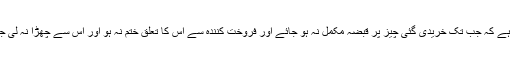
چنانچہ حکمت پر مبنی شریعت ِکاملہ کی یہ خوبی ہے کہ اس نے خریدار پر یہ پابندی لگا دی ہے کہ جب تک خریدی گئی چیز پر قبضہ مکمل نہ ہو جائے اور فروخت کنندہ سے اس کا تعلق ختم نہ ہو اور اس سے چھڑا نہ لی جائے وہ اس میں تصرف نہ کرے تا کہ وہ بیع فسخ کرنے اور قبضہ نہ دینے کا سوچ نہ سکے ۔